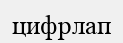
цифрлап